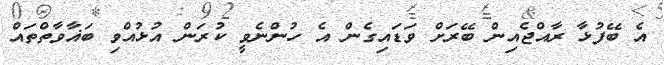
އެ ބޭފުޅާ ރާއްޖެއިން ބޭރަށް ވަޑައިގެން އެ ހުންނެވީ ކުރަން އުޅުއްވި ބަޣާވާތްތައް